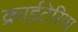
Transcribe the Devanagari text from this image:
क्राईटेरिया